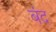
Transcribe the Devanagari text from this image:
बंद